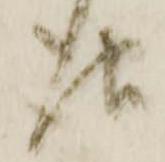
報